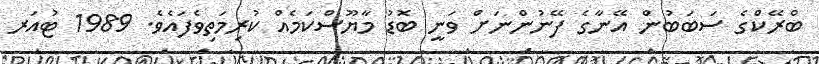
ބްރޭކްގެ ސަބަބުން އޭނާގެ ފޭނުންނަށް ވަނީ ބޮޑު މާޔޫސްކަމެއް ކުރިމަތިވެފައެވެ. 1989 ޓުއަރ